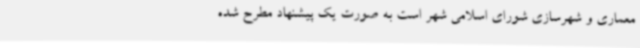
معماری و شهرسازی شورای اسلامی شهر است به صورت یک پیشنهاد مطرح شده